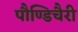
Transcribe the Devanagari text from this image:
पौण्डिचैरी